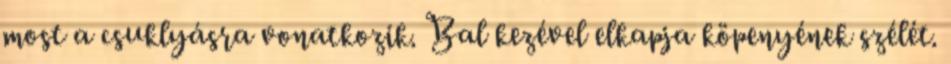
most a csuklyásra vonatkozik. Bal kezével elkapja köpenyének szélét.